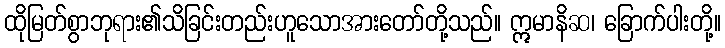
ထိုမြတ်စွာဘုရား၏သိခြင်းတည်းဟူသောအားတော်တို့သည်။ ဣမာနိဆ၊ ခြောက်ပါးတို့။